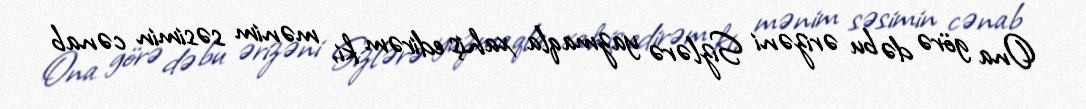
Ona görə də bu ərizəni Sizlərə yazmaqla xahiş edirəm ki, mənim səsimin cənab